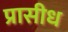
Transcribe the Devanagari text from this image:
प्रासीध